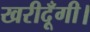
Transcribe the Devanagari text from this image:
खरीदूँगी।